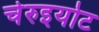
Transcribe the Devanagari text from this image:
चेरुइयोट